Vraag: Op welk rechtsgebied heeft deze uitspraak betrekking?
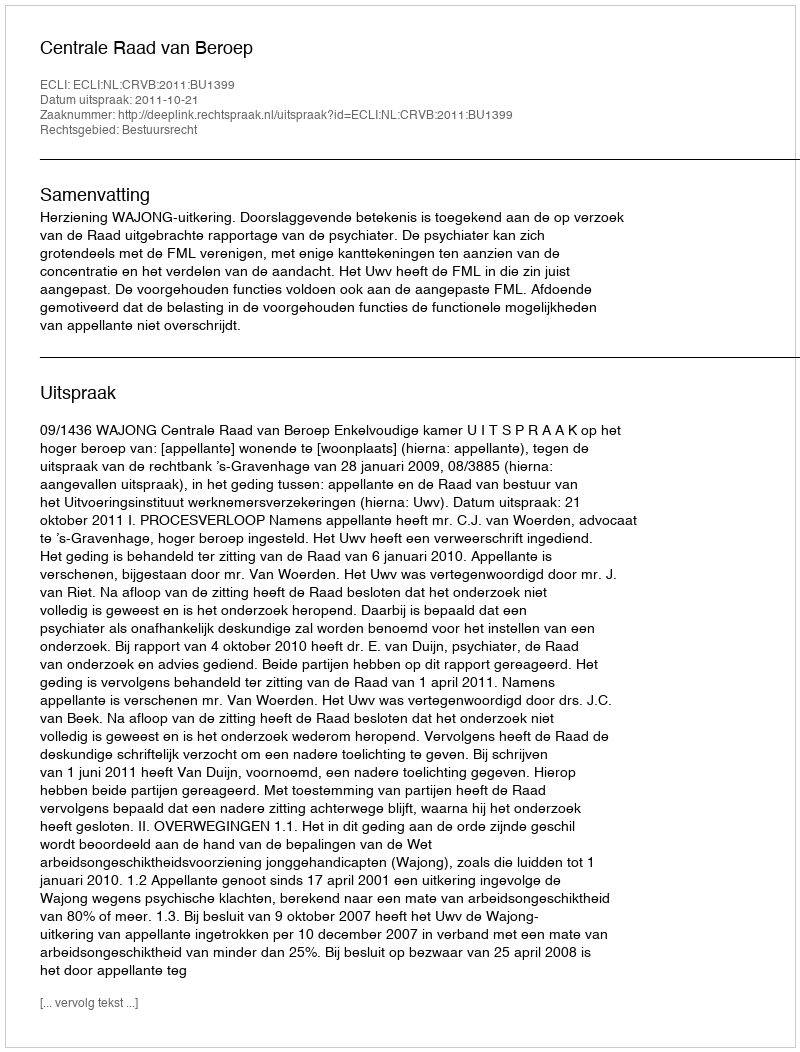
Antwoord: Bestuursrecht